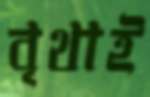
বৃথাই